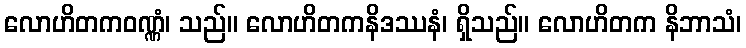
လောဟိတကဝဏ္ဏံ၊ သည်။ လောဟိတကနိဒဿနံ၊ ရှိသည်။ လောဟိတက နိဘာသံ၊